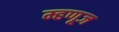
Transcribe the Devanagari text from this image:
म्हणूज